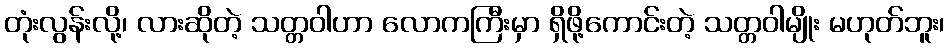
တုံးလွန်းလို့၊ လားဆိုတဲ့ သတ္တဝါဟာ လောကကြီးမှာ ရှိဖို့ကောင်းတဲ့ သတ္တဝါမျိုး မဟုတ်ဘူး၊